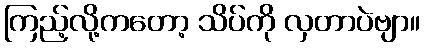
ကြည့်လို့ကတော့ သိပ်ကို လှတာပဲဗျာ။